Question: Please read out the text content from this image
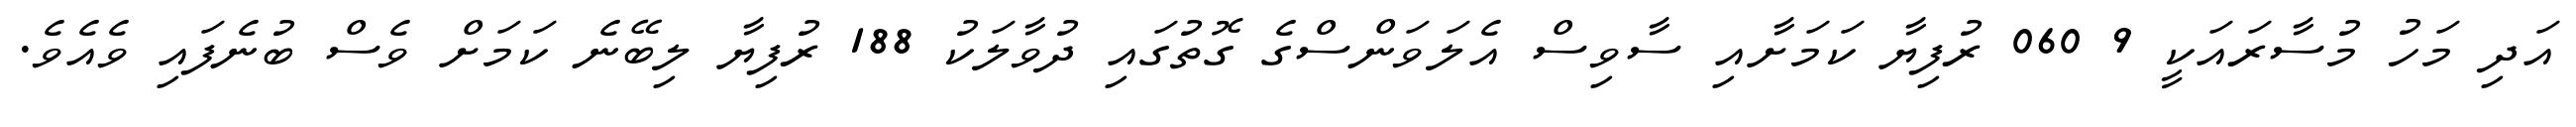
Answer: އަދި މަހު މުސާރައަކީ 9 060 ރުފިޔާ ކަމަށާއި ސާވިސް އެލަވަންސްގެ ގޮތުގައި ދުވާލަކު 188 ރުފިޔާ ލިބޭނެ ކަމަށް ވެސް ބުނެފައި ވެއެވެ.